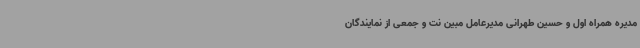
مدیره همراه اول و حسین طهرانی مدیرعامل مبین نت و جمعی از نمایندگان